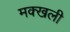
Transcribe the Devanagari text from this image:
मक्खली